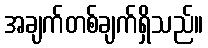
အချက်တစ်ချက်ရှိသည်။